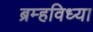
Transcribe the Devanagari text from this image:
ब्रम्हविध्या